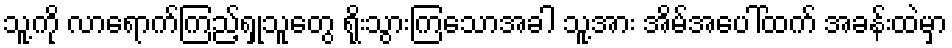
သူ့ကို လာရောက်ကြည့်ရှုသူတွေ ရိုးသွားကြသောအခါ သူ့အား အိမ်အပေါ်ထက် အခန်းထဲမှာ